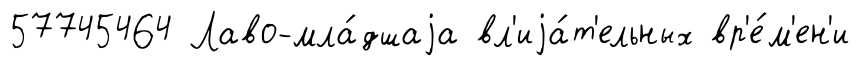
57745464 Лаво-мла́дшаjа вл'иjа́т'ельных вр'е́м'ен'и